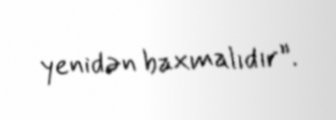
yenidən baxmalıdır”.